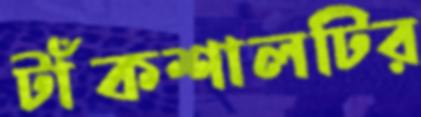
টাঁকশালটির